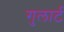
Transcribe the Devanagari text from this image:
गुलार्ट